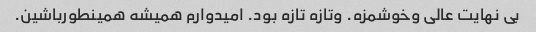
بی نهایت عالی وخوشمزه. وتازه تازه بود. امیدوارم همیشه همینطورباشین.